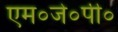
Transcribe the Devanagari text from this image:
एम०जे०पी०